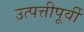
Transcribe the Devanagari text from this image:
उत्पत्तीपूर्वी